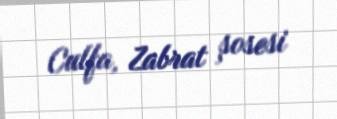
Culfa, Zabrat şosesi